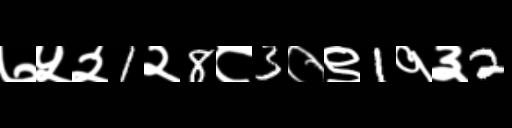
Text: ७५२1२8८3०९1१३2